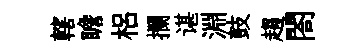
轄瞻梠攔谌淵鼓趨閤